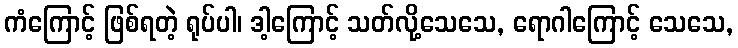
ကံကြောင့် ဖြစ်ရတဲ့ ရုပ်ပါ၊ ဒါ့ကြောင့် သတ်လို့သေသေ, ရောဂါကြောင့် သေသေ,